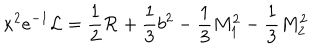
\kappa ^ { 2 } e ^ { - 1 } { \cal { L } } = \frac { 1 } { 2 } { \cal { R } } + \frac { 1 } { 3 } b ^ { 2 } - \frac { 1 } { 3 } M _ { 1 } ^ { 2 } - \frac { 1 } { 3 } M _ { 2 } ^ { 2 }